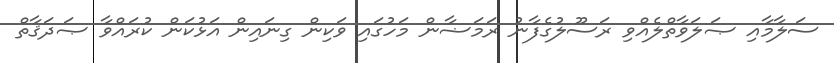
ސަލާމާއި ޞަލަވާތްލެއްވި ރަސޫލުގެފާނު ރަމަޟާން މަހުގައި ވަކިން ގިނައިން އަޅުކަން ކުރައްވާ ޞަދަޤާތް